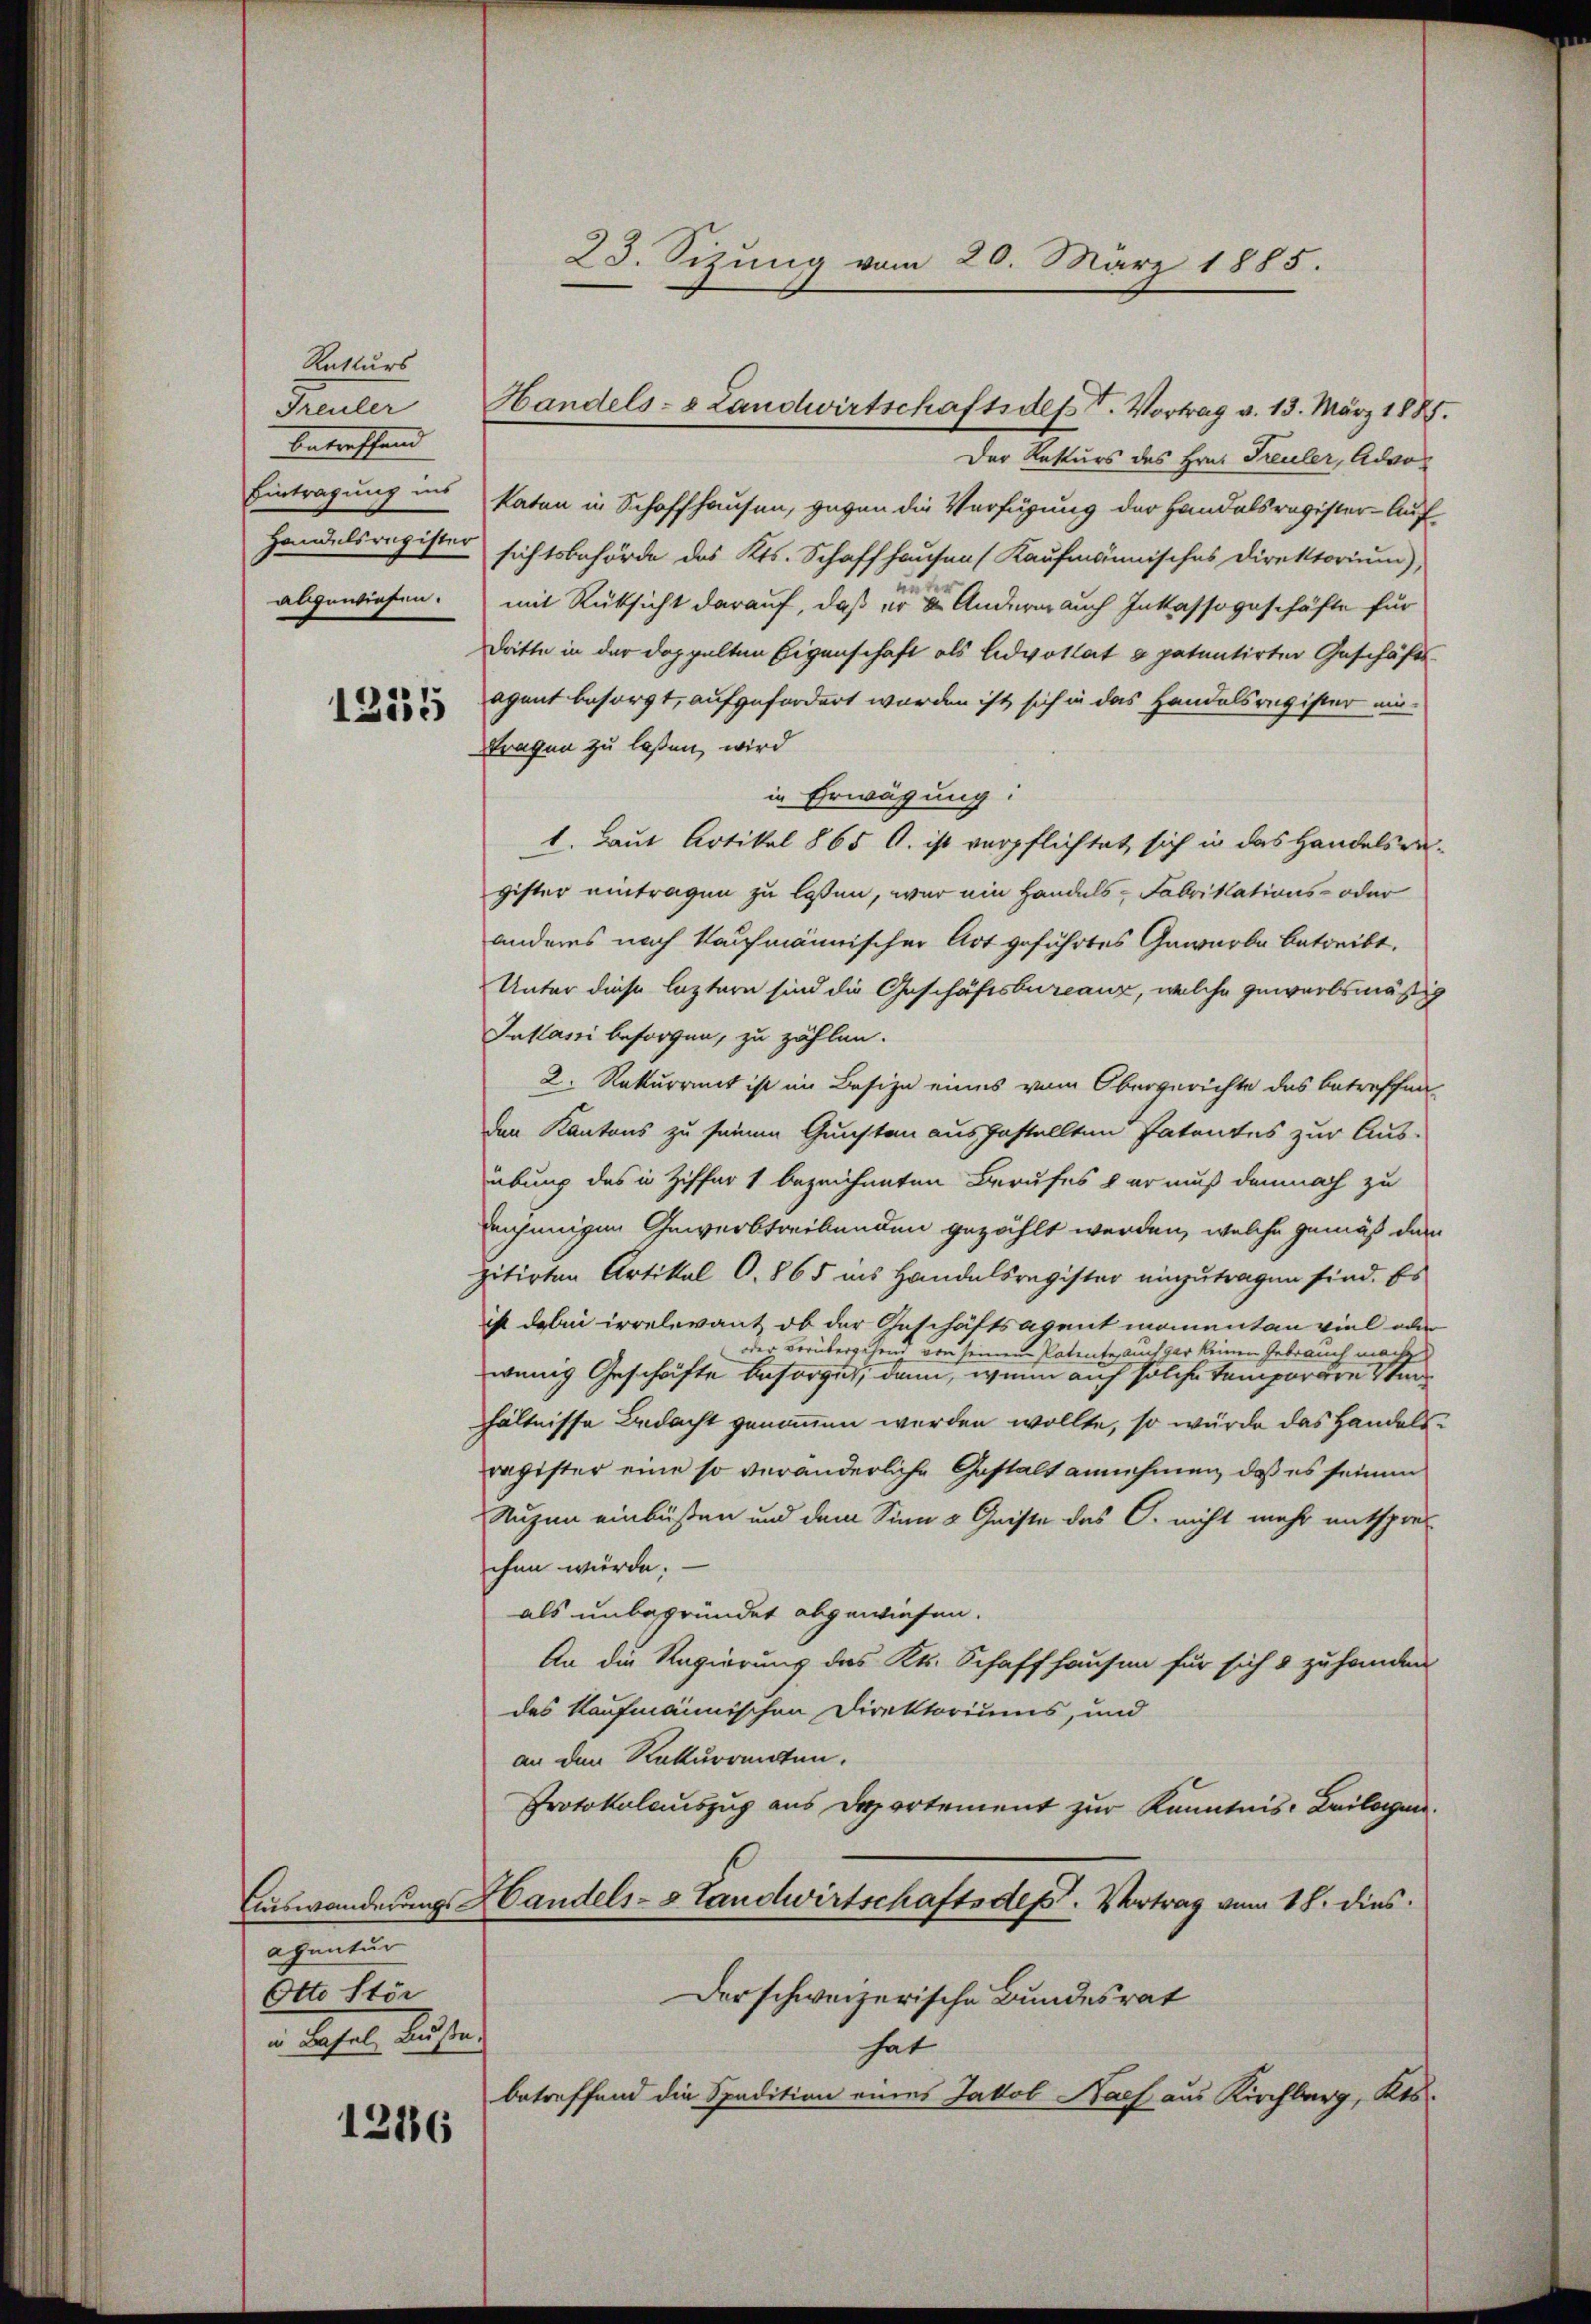
Ratturs
Peuler
betreffend
Eintragung ins
Handelsregister
abgewiesen.

12335

agnatur
Otto Stör
 Schale Rechten.

1216

¬

Handels- & Landwirtschaftsdest. Vortrag v. 13. März 1885.

23. Sizung vom 20. März 1885.

Der Resturs des Hrn. Treuler, Advokaten in Schaffhausen, gegen die Verfügung der Handelsregister-Aufsichtsbehörde des Kts. Schaffhausen (Kaufmännisches Direktorium),
mit Rüksicht darauf, daß er die Andern auch Inkassageschäfte für
Dritte in der doppelten Eigenschaft als Advoltat à patentirter Geschäfts-
agant besorgt, aufgefordert worden ist sich in das Handelsregister ein-
tragen zu laßen, wird
in Erwägung:
1. Laut Artikel 865 O. ist verpflichtet, sich in das Handelsre-
gister eintragen zu lassen, war ein Handels- Fabrikations- oder
anderes nach kaufmännischer Art geführtes Gewarbe betreibt.
Unter diese leztern sind die Geschäftsbureauz, welche gewerbsmäßig
Inkassi besorgen, zu zählen.
2. Rekurrent ist im Besize eines vom Obergerichte das betreffen
den Kantons zu seinen Gunsten ausgestellten Patentes zur Aus-
übung des in Ziffer 1 bezeichneten Berufes der muß demnach zu
enjenigen Gewerbstreibenden gezählt werden, welche gemäß dem
vitirten Artikal O. 865 ins Handelsregister einzutragen sind. Es
ist dabei irrelevant, ob der Geschäftsagent momentan viel oder
oder vorübergehend von seinem Patente auch gar keinen Gebrauch mach
wenig Geschäfte besorget, dann, wenn auf solche temporäre Vihältnisse Bedacht genommen werden wollte, so würde das Handelsragister eine so veränderliche Gestalt annehmen, daß es seinen
Nuzen einbüßen und dem Sinn & Geiste des C. nicht mehr entsprechen würde.
als unbegründet abgewiesen.
An die Regierung des Kt. Schaffhausen für sich & zu handen
des Kaufmännischen Direktoriums, und
an den Rekurrenten.
Protokolauszug aus Departement zur Kenntnis: Beilagen.
Auswanderungs Handels- & Landwirtschaftsdep. Vortrag vom 18. dies
Der schweizerische Bundesrat
hat
betreffend die Spadition eines Jakob Nach aus Kirchberg, Kts.